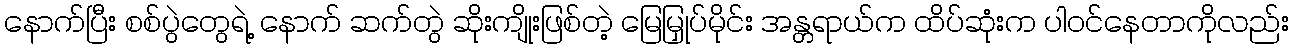
နောက်ပြီး စစ်ပွဲတွေရဲ့ နောက် ဆက်တွဲ ဆိုးကျိုးဖြစ်တဲ့ မြေမြှုပ်မိုင်း အန္တရာယ်က ထိပ်ဆုံးက ပါဝင်နေတာကိုလည်း